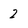
Character: 2